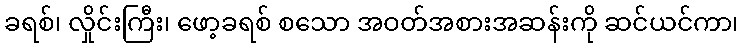
ခရစ်၊ လှိုင်းကြီး၊ ဖော့ခရစ် စသော အဝတ်အစားအဆန်းကို ဆင်ယင်ကာ၊